Vaccination Hyderabad 1872-1889 - 1872-1889
Year: 1872
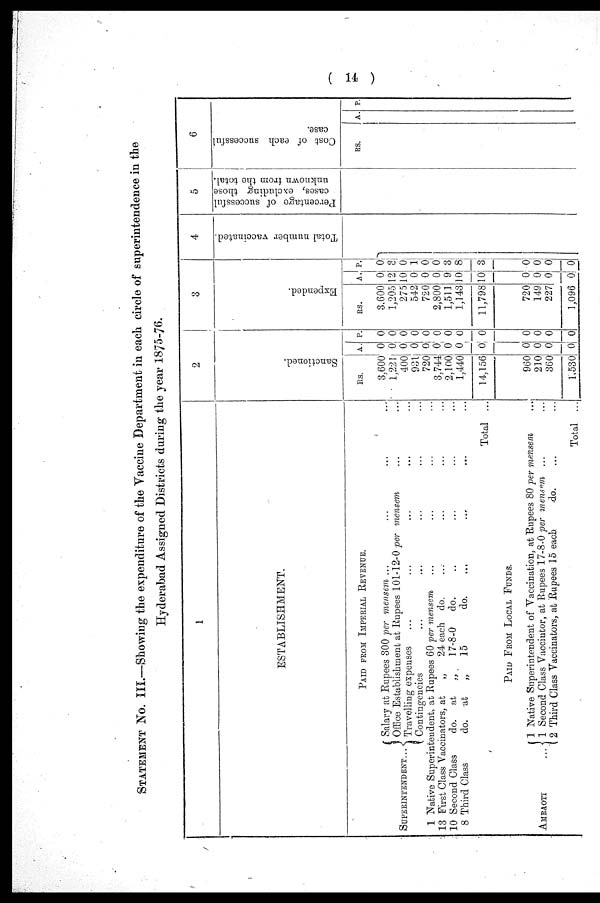
( 14 )
STATEMENT No. III.—Showing the expenditure of the Vaccine Department in each circle of superintendence in the
Hyderabad Assigned Districts during the year 1875-76.
1
ESTABLISHMENT.
PAID FROM IMPERIAL REVENUE.
SUPERINTENDENT...
Salary at Rupees 300 per mensem ... ... ... ...
Office Establishment at Rupees 101-12-0 per mensem ... ...
Travelling expenses ... ... ... ... ...
Contingencies ... ... ... ... ...
1 Native Superintendent, at Rupees 60 per mensem ... ... ... ...
13 First Class Vaccinators, at
„
24 each do. ... ... ... ...
10 Second Class
do. at „
17-8-0
do. ... ... ... ...
8 Third Class
do. at
„
15
do. ... ... ... ...
Total ...
PAID FROM LOCAL FUNDS.
AMRAOTI
...
1 Native Superintendent of Vaccination, at Rupees 80 per mensem ...
1 Second Class Vaccintor, at Rupees 17-8-0 per memem ... ...
2 Third Class Vaccinators, at Rupees 15 each
do. ... ...
Total ...
2
Sanctioned.
RS.
3,600
1,221
400
931
720
3,744
2,100
1,440
14,156
960
210
360
1,530
A.
0
0
0
0
0
0 0
0
0
0
0
0
0
P.
0
0
0
0
0
0
0
0
0
0
0
0
0
3
Expended.
RS.
3,600
1,205
275
542
720
2,800
1,511
1,143
11,798
720
149
227
1,096
A.
0
12
10
0
0
0
9
10
10
0
0
0
0
P.
0
3
0
1
0
0
3
8
3
0
0
0
0
4
Total number vaccinated.
5
Percentage of successful
cases, excluding those
unknown from the total.
6
Cost of each successful
case.
RS.
A. P.